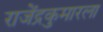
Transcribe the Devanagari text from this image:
राजेंद्रकुमारला